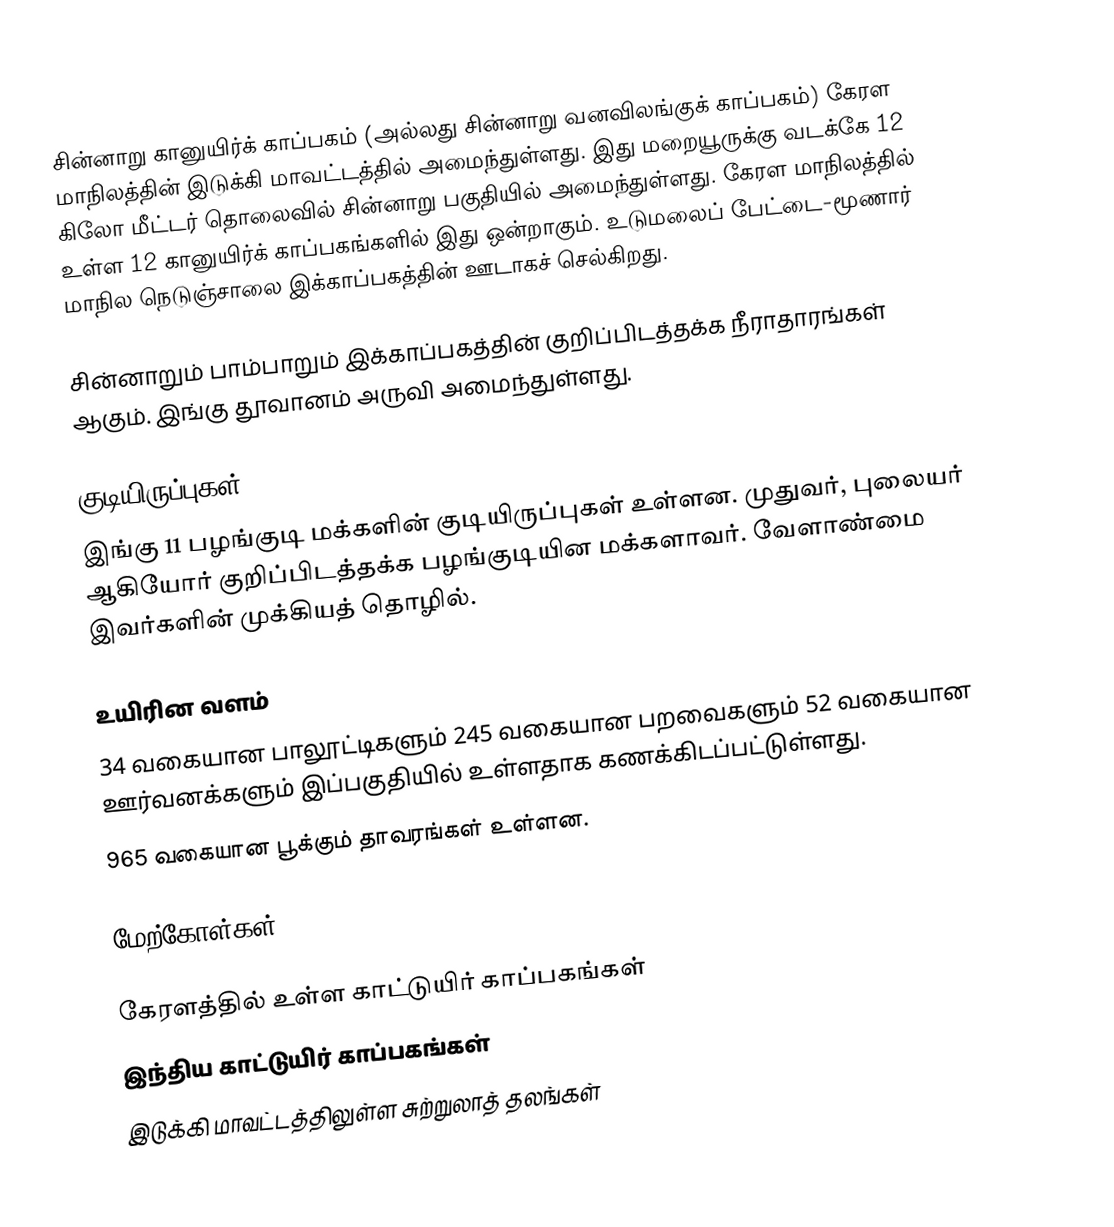
சின்னாறு கானுயிர்க் காப்பகம் (அல்லது சின்னாறு வனவிலங்குக் காப்பகம்) கேரள மாநிலத்தின் இடுக்கி மாவட்டத்தில் அமைந்துள்ளது. இது மறையூருக்கு வடக்கே 12 கிலோ மீட்டர் தொலைவில் சின்னாறு பகுதியில் அமைந்துள்ளது. கேரள மாநிலத்தில் உள்ள 12 கானுயிர்க் காப்பகங்களில் இது ஒன்றாகும். உடுமலைப் பேட்டை-மூணார் மாநில நெடுஞ்சாலை இக்காப்பகத்தின் ஊடாகச் செல்கிறது.

சின்னாறும் பாம்பாறும் இக்காப்பகத்தின் குறிப்பிடத்தக்க நீராதாரங்கள் ஆகும். இங்கு தூவானம் அருவி அமைந்துள்ளது.

குடியிருப்புகள்
இங்கு 11 பழங்குடி மக்களின் குடியிருப்புகள் உள்ளன. முதுவர், புலையர் ஆகியோர் குறிப்பிடத்தக்க பழங்குடியின மக்களாவர். வேளாண்மை இவர்களின் முக்கியத் தொழில்.

உயிரின வளம்
34 வகையான பாலூட்டிகளும் 245 வகையான பறவைகளும் 52 வகையான ஊர்வனக்களும் இப்பகுதியில் உள்ளதாக கணக்கிடப்பட்டுள்ளது.
965 வகையான பூக்கும் தாவரங்கள் உள்ளன.

மேற்கோள்கள்

கேரளத்தில் உள்ள காட்டுயிர் காப்பகங்கள்
இந்திய காட்டுயிர் காப்பகங்கள்
இடுக்கி மாவட்டத்திலுள்ள சுற்றுலாத் தலங்கள்